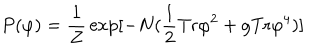
LaTeX: P ( \varphi ) = { \frac { 1 } { Z } } \exp [ - N ( { \frac { 1 } { 2 } } \mathrm { T r } \varphi ^ { 2 } + { g } \mathrm { T r } \varphi ^ { 4 } ) ]